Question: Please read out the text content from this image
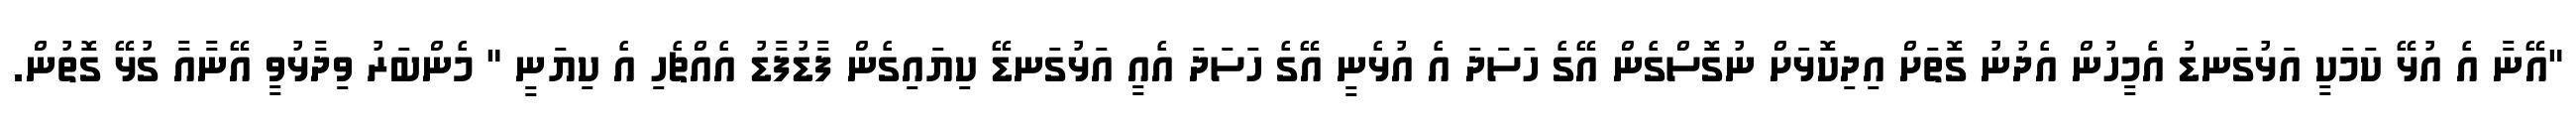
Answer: "އޭނާ އެ އުޅޭ ކަމަކީ އަޅުގަނޑު އެމީހުން އެދުނު ގޮތަށް އިދިކޮޅަށް ނުގޮސްގެން އޭގެ ހަސަދަ އެ އުޅެނީ އޭގެ ހަސަދަ އެއީ އަޅުގަނޑޭ ކިޔައިގެން ފާޑުފާޑު އެއްޗެހި އެ ކިޔަނީ " މެންބަރު ވިދާޅުވީ އޭނާއާ ގުޅޭ ގޮތުން.